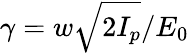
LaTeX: \gamma=w\sqrt{2I_{p}}/E_{0}